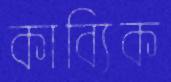
কাব্যিক